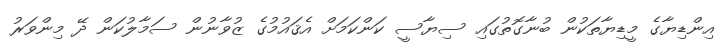
އިންޑިޔާގެ މީޑިޔާތަކުން ބުނާގޮތުގައި ސިޔާސީ ކަންކަމަށް އެޤައުމުގެ ޒުވާނުން ސަމާލުކަން ދޭ މިންވަރު